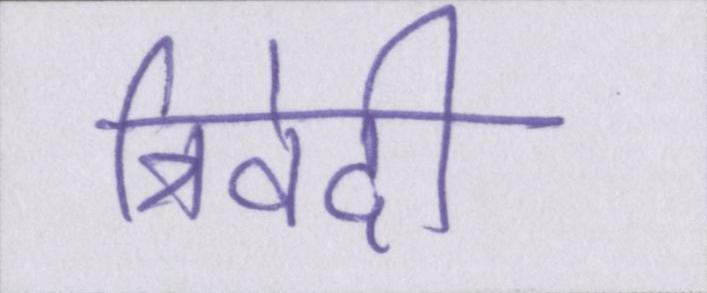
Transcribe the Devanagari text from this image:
त्रिवेदी